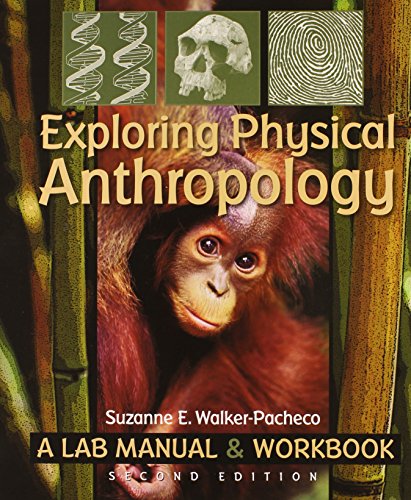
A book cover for Exploring Physical Anthropology: A Lab Manual & Workbook (2nd Edition); Suzanne E. Walker-Pacheco; Politics & Social Sciences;